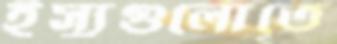
ইস্যুগুলোতে